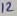
Text: 12